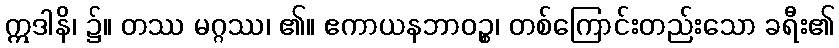
ဣဒါနိ၊ ၌။ တဿ မဂ္ဂဿ၊ ၏။ ဧကာယနဘာဝဉ္စ၊ တစ်ကြောင်းတည်းသော ခရီး၏